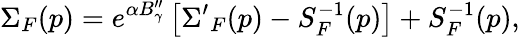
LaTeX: \Sigma_{F}(p)=e^{\alpha B_{\gamma}^{\prime\prime}}\left[{\Sigma^{\prime}}_{F}(p)-S_{F}^{-1}(p)\right]+S_{F}^{-1}(p),